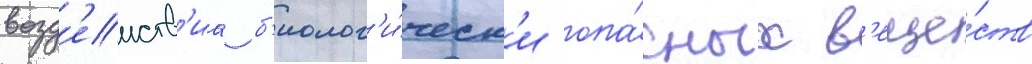
возд'еиств'иа б'иолог'и́ческ'и опа́сных в'еще́ств